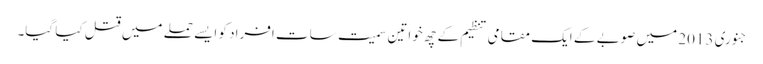
جنوری 2013 میں صوبے کے ایک مقامی تنظیم کے چھ خواتین سمیت سات افراد کو ایسے حملے میں قتل کیا گیا۔